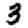
Digit: 3